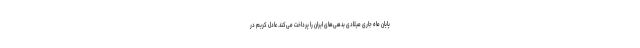
پایان ماه جاری میلادی بدهی‌های ایران را پرداخت می‌کند. عادل کریم در